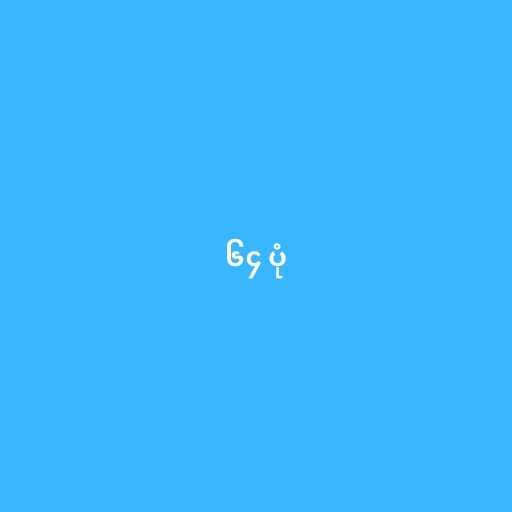
၆၄ ပုံ